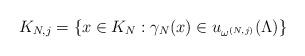
LaTeX: \begin{align*}K_{N,j} = \left\{x\in K_N: \gamma_N(x)\in u_{\omega^{(N,j)}}(\Lambda)\right\}\end{align*}